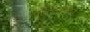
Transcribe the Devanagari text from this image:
पोलिसांविरुद्ध